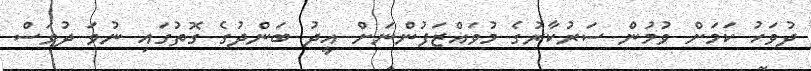
ދުވަހު ކަމަށް ވުމުން ސަރުކާރުގެ މުވައްޒަފުންނަށް އީދު ބަންދުގެ ގޮތުގައި ނުވަ ދުވަސް